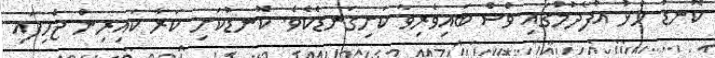
ކޮނޑު ހުޅު އުފެދުމުގައި ވެސް ބައިވެރިވާ ކަށިގަނޑެކެވެ. ކޮނޑުކަށި ކަރާ ކައިރިން ޖެހިފައި